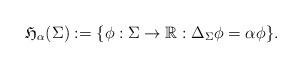
LaTeX: \begin{align*}\mathfrak{H}_{\alpha}(\Sigma):= \{\phi:\Sigma\rightarrow \mathbb{R}: \Delta_{\Sigma}\phi =\alpha \phi \}.\end{align*}